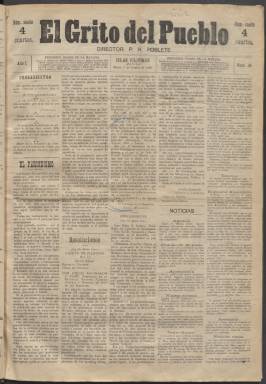
Título: El Grito del pueblo (Manila)
Colección: Periódicos
Ámbito geográfico: Filipinas
Lugar de publicación: Manila
Fechas: 03/10/1899-20/11/1900